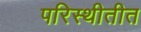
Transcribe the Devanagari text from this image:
परिस्थीतीत